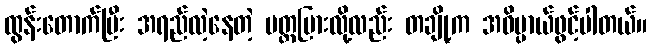
ထွန်းတောက်ပြီး အရည်လဲ့နေတဲ့ ပတ္တမြားလို့လည်း တချို့က အဓိပ္ပာယ်ဖွင့်ပါတယ်။